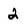
Character: 2